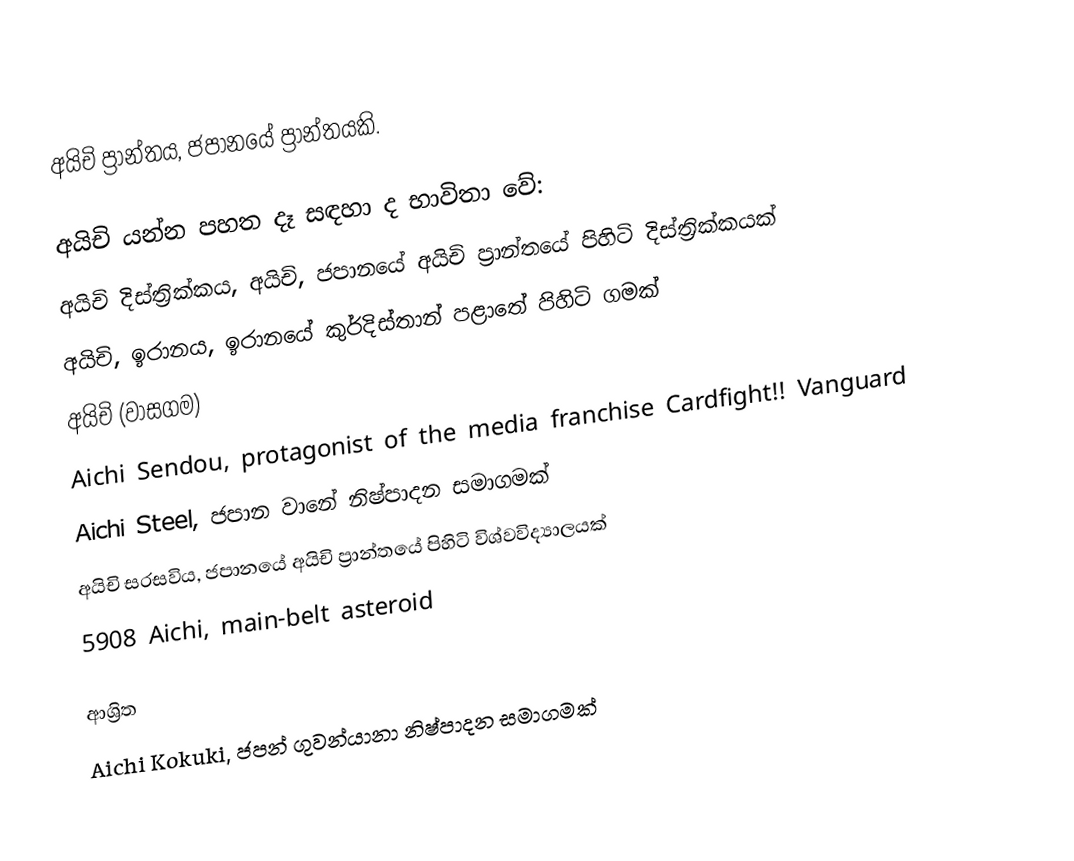
අයිචි ප්‍රාන්තය, ජපානයේ ප්‍රාන්තයකි.

අයිචි යන්න පහත දෑ සඳහා ද භාවිතා වේ:
අයිචි දිස්ත්‍රික්කය, අයිචි, ජපානයේ අයිචි ප්‍රාන්තයේ පිහිටි දිස්ත්‍රික්කයක්
අයිචි, ඉරානය, ඉරානයේ කුර්දිස්තාන් පළාතේ පිහිටි ගමක්
අයිචි (වාසගම)
Aichi Sendou, protagonist of the media franchise Cardfight!! Vanguard
Aichi Steel, ජපාන වානේ නිෂ්පාදන සමාගමක්
අයිචි සරසවිය, ජපානයේ අයිචි ප්‍රාන්තයේ පිහිටි විශ්වවිද්‍යාලයක්
5908 Aichi, main-belt asteroid

ආශ්‍රිත
Aichi Kokuki, ජපන් ගුවන්යානා නිෂ්පාදන සමාගමක්